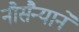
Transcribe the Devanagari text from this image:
नौसैन्याने